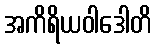
အကိရိယဝါဒေါတိ